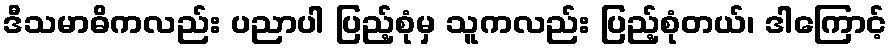
ဒီသမာဓိကလည်း ပညာပါ ပြည့်စုံမှ သူကလည်း ပြည့်စုံတယ်၊ ဒါကြောင့်